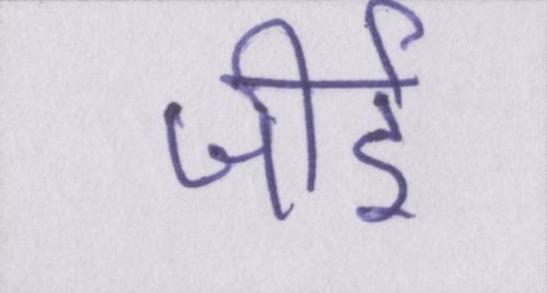
जीर्इ